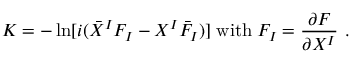
K = - \ln [ i ( \bar { X } ^ { I } F _ { I } - X ^ { I } { \bar { F } } _ { I } ) ] \; \mathrm { w i t h } \; F _ { I } = \frac { \partial F } { \partial X ^ { I } } \ .